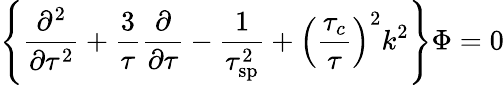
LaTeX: \left\{ {\frac{\partial^{2}}{\partial\tau^{2}}}+{\frac{3}{\tau}}{\frac{\partial}{\partial\tau}}-{\frac{1}{\tau_{\mathrm{sp}}^{2}}}+\left({\frac{\tau_{c}}{\tau}}\right)^{2}k^{2}\right\} {\Phi}=0